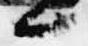
候